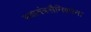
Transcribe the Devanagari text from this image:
स्वातंत्रसैनिकांना